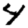
Digit: 4